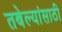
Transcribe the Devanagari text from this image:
तबेल्यांसाठी